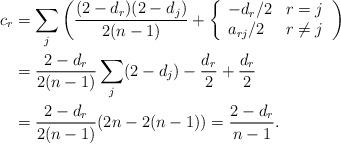
LaTeX: \begin{align*} c_r &= \sum_j \left ( \frac{(2-d_r)(2-d_j)}{2(n-1)} + \left \{ \begin{array}{ll}-d_r/2 & r=j \\a_{rj}/2 & r \neq j \end{array} \right . \right ) \\&= \frac{2-d_r}{2(n-1)} \sum_j (2-d_j) - \frac{d_r}{2} + \frac{d_r}{2} \\&= \frac{2-d_r}{2(n-1)} (2n - 2(n-1)) = \frac{2-d_r}{n-1}. \end{align*}